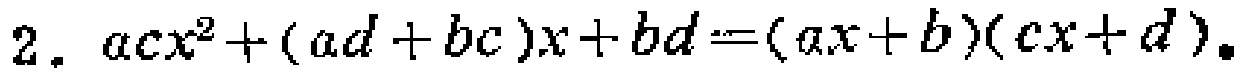
2. \(acx^{2}+(ad + bc)x+bd=(ax + b)(cx + d)\)